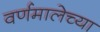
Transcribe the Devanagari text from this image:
वर्णमालेच्या